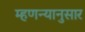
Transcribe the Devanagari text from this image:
म्हणन्यानुसार